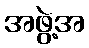
အဖွဲ့အ